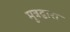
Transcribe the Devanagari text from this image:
मूत्रद्वारा